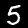
Label: 5